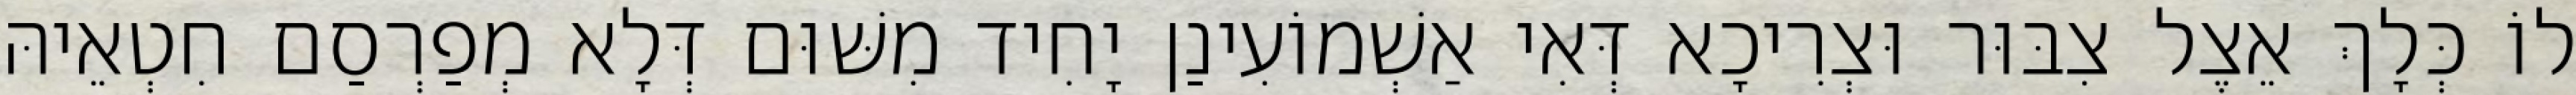
לוֹ כְּלָךְ אֵצֶל צִבּוּר וּצְרִיכָא דְּאִי אַשְׁמוֹעִינַן יָחִיד מִשּׁוּם דְּלָא מְפַרְסַם חִטְאֵיהּ